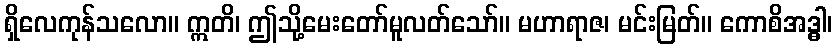
ရှိလေကုန်သလော။ ဣတိ၊ ဤသို့မေးတော်မူလတ်သော်။ မဟာရာဇ၊ မင်းမြတ်။ ကောစိအဒ္ဓါ၊